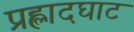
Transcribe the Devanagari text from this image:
प्रह्लादघाट